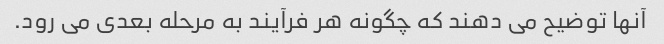
آنها توضیح می دهند که چگونه هر فرآیند به مرحله بعدی می رود.